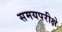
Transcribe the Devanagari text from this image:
समयपरीक्षे